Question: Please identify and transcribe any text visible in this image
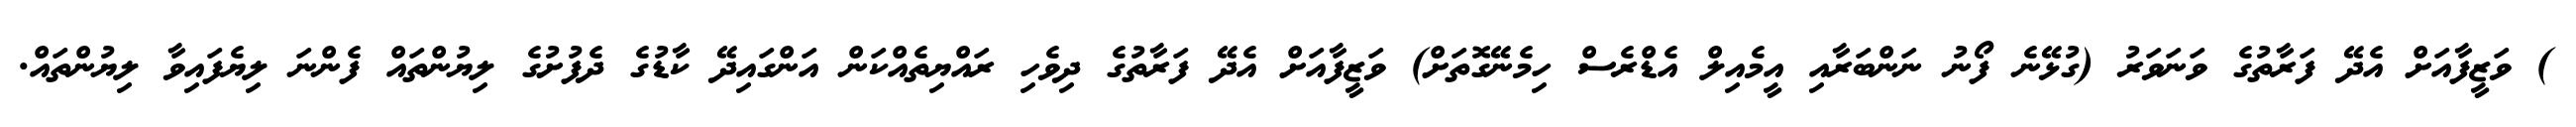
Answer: ) ވަޒީފާއަށް އެދޭ ފަރާތުގެ ވަނަވަރު (ގުޅޭނެ ފޯނު ނަންބަރާއި އީމެއިލް އެޑްރެސް ހިމެނޭގޮތަށް) ވަޒީފާއަށް އެދޭ ފަރާތުގެ ދިވެހި ރައްޔިތެއްކަން އަންގައިދޭ ކާޑުގެ ދެފުށުގެ ލިޔުންތައް ފެންނަ ލިޔެފައިވާ ލިޔުންތައް.